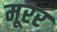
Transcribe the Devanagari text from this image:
मूरर